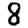
Digit: 8